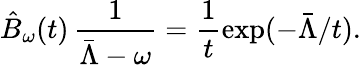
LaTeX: \hat{B}_{\omega}(t)\, \frac{1}{\bar{\Lambda}-\omega}=\frac{1}{t}\exp(-\bar{\Lambda}/t).